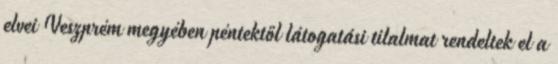
elvei Veszprém megyében péntektől látogatási tilalmat rendeltek el a